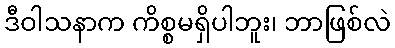
ဒီဝါသနာက ကိစ္စမရှိပါဘူး၊ ဘာဖြစ်လဲ